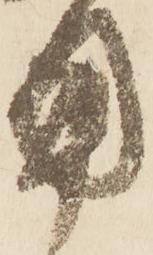
用